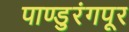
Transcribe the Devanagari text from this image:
पाण्डुरंगपूर